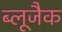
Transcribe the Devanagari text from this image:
ब्लूजैक